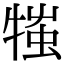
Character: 𤚍